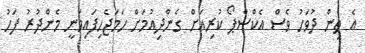
އެ ތިން ދުވަހު ވެސް އެކްސްޕޯ ކުރިއަށް ގެންދިއުމަށް ހަމަޖެހިފައިވަނީ މެންދުރު ފަހު